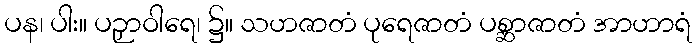
ပန၊ ပါး။ ပဉှာဝါရေ၊ ၌။ သဟဇာတံ ပုရေဇာတံ ပစ္ဆာဇာတံ အာဟာရံ